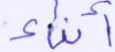
أنباء